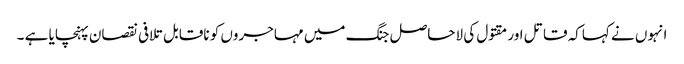
انہوں نے کہاکہ قاتل اور مقتول کی لاحاصل جنگ میں مہاجروں کو ناقابل تلافی نقصان پہنچایا ہے ۔